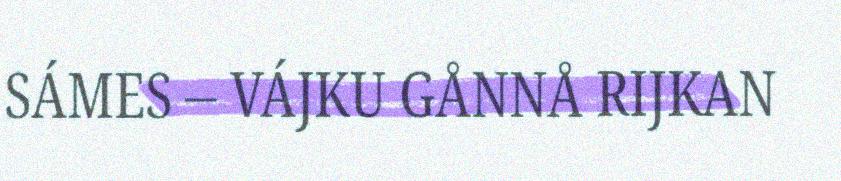
SÁMES – VÁJKU GÅNNÅ RIJKAN